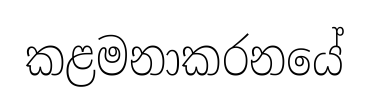
කළමනාකරනයේ